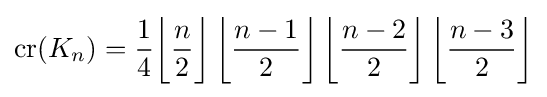
{\textrm {cr}}(K_{n})={\frac {1}{4}}{\biggl \lfloor }{\frac {n}{2}}{\biggr \rfloor }\left\lfloor {\frac {n-1}{2}}\right\rfloor \left\lfloor {\frac {n-2}{2}}\right\rfloor \left\lfloor {\frac {n-3}{2}}\right\rfloor